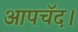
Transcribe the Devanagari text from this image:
आपचॅद।